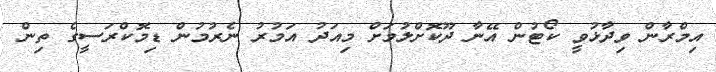
އިމްރާން ވިދާޅުވީ ކޯޓުން އޭނާ ދޫކޮށްލުމަށް މިއަދު އަމުރު ނެރުމުން ޑިމޮކްރަސީގެ ތިން